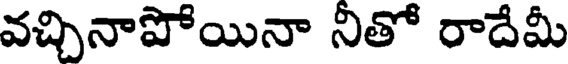
వచ్చినాపోయినా నితో రాదేమీ